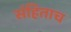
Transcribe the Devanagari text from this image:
संहिताच